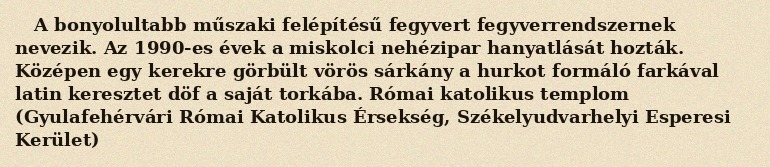
A bonyolultabb műszaki felépítésű fegyvert fegyverrendszernek nevezik. Az 1990-es évek a miskolci nehézipar hanyatlását hozták. Középen egy kerekre görbült vörös sárkány a hurkot formáló farkával latin keresztet döf a saját torkába. Római katolikus templom (Gyulafehérvári Római Katolikus Érsekség, Székelyudvarhelyi Esperesi Kerület)